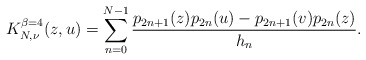
\begin{align*}K_{N,\nu}^{\beta=4}(z,u) =\sum_{n=0}^{N-1}\frac{p_{2n+1}(z)p_{2n}(u)-p_{2n+1}(v)p_{2n}(z)}{h_n}. \end{align*}